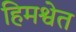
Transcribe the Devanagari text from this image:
हिमश्वेत